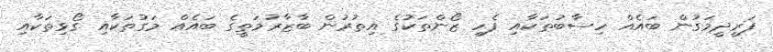
ފަރީދީމަގުން ބައެއް ހިސާބުތަކާއި ފެހި ޒޯންތަކުގެ އިތުރުން ބާޒާރުމަތީގެ ބައެއް މަގުތަކާއި ގޯޅިތަކާއި